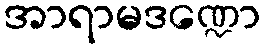
အာရာမဒဏ္ဍော